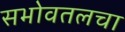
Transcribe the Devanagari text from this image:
सभोवतलचा